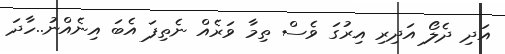
އަދި ދެލޯ އަދިރި އިރުގަ ވެސް ތިމާ ވަރެއް ނެތިފަ އެބަ އިނެއްނު..ހާދަ